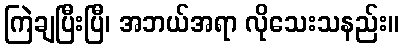
ကြဲချပြီးပြီ၊ အဘယ်အရာ လိုသေးသနည်း။